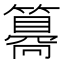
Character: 𥵑